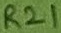
Text: R21